65_HS1-834228961_62-HQ-83894_Serial_164
Agency: FBI
Page 17
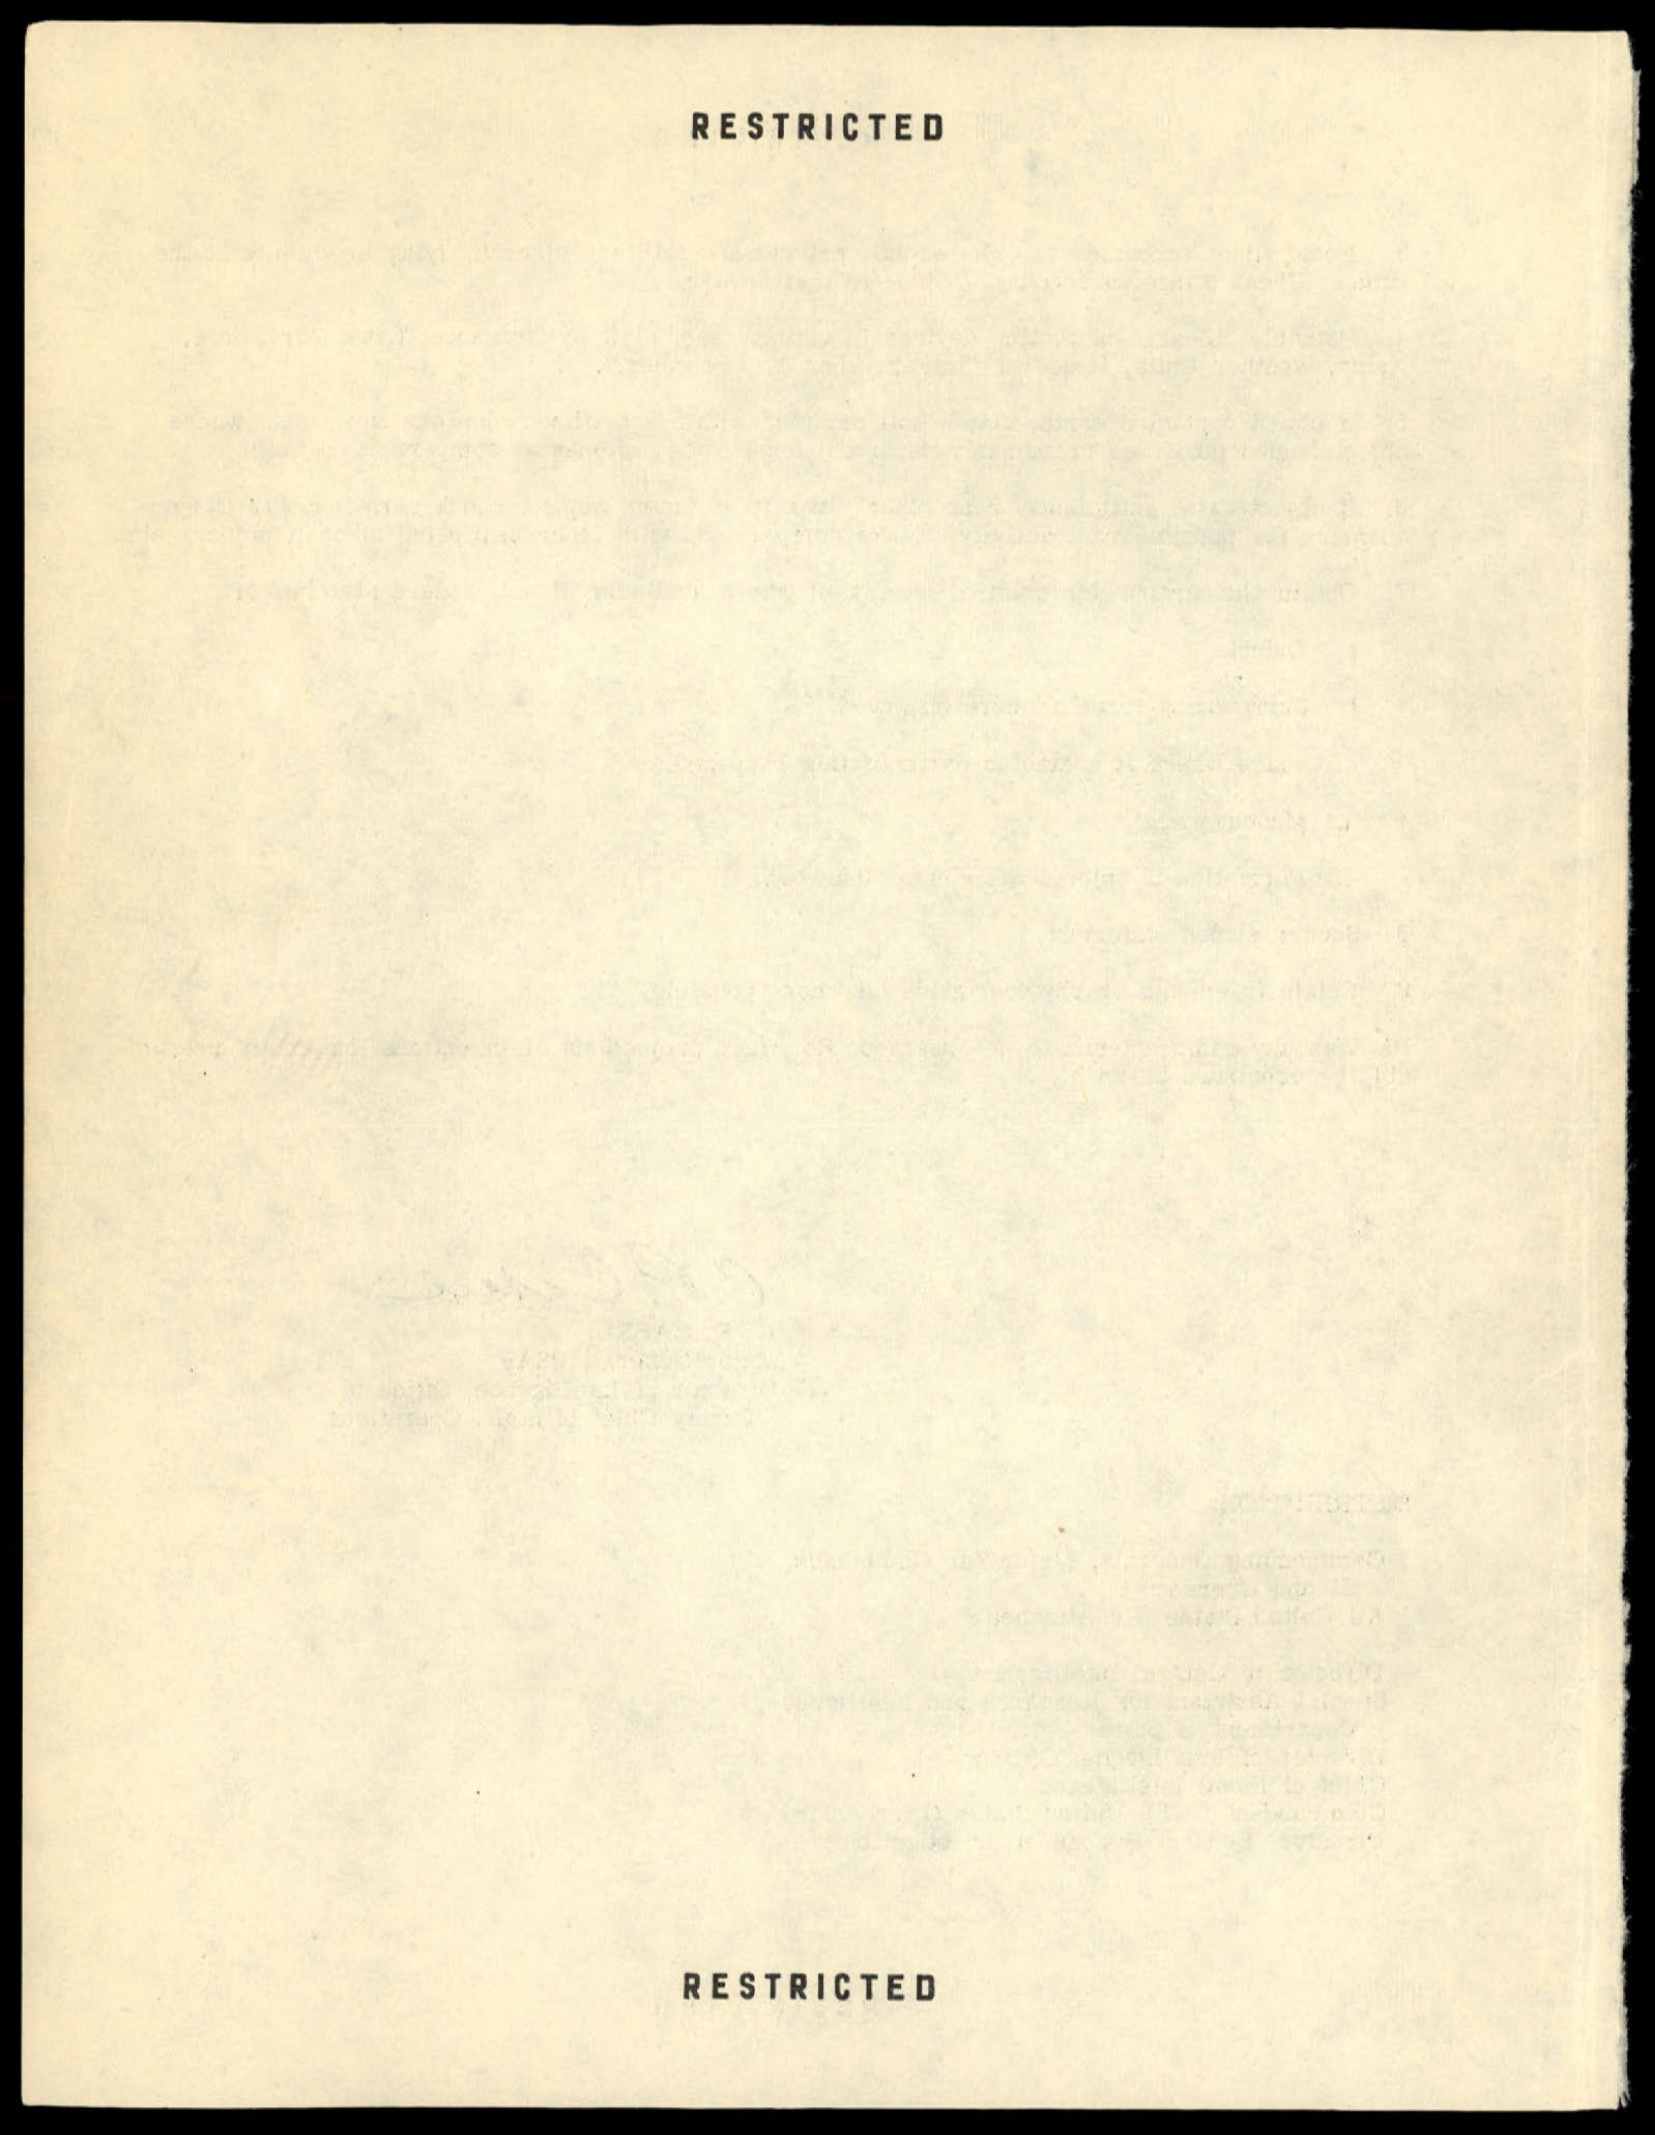